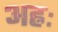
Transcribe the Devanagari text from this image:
अह्नः